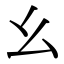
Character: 幺